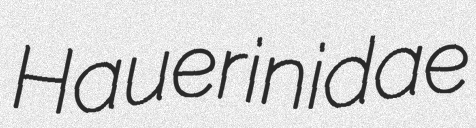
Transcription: Hauerinidae